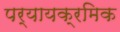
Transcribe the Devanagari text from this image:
पर्यायक्रमिक